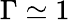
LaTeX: \Gamma\simeq 1